Document type: Testament
Year: 1362
Scribe: Berenguer Vergós
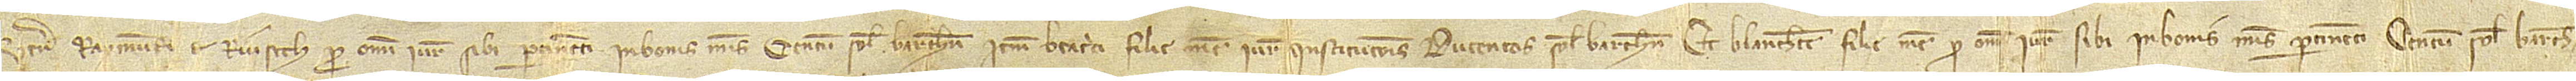
venerabilis Raymundi de Riusech, pro omni iure sibi pertinenti in bonis meis, centum solidos Barchinone; item, Beatrici, filie mee, iure institucionis ducentos solidos Barchinone; et Blanche, filie mee, pro omni iure sibi in bonis meus pertinenti centum solidos Barchinone;